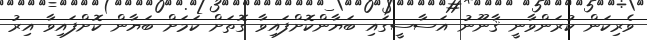
ވެރިކަން ކުރަންވާނީ ޤާނޫނު އަސާސީގައި ބަޔާންކޮށްފައިވާ ގޮތަށް ކަމަށް ބަޔާން ކޮށްފައިވާ އިރު